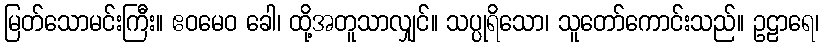
မြတ်သောမင်းကြီး။ ဧဝမေဝ ခေါ၊ ထို့အတူသာလျှင်။ သပ္ပုရိသော၊ သူတော်ကောင်းသည်။ ဥဠာရေ၊